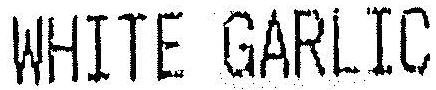
WHITE GARLIC